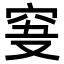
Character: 𥥞